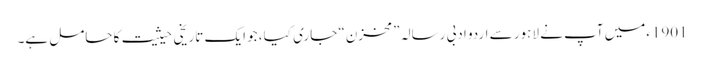
1901ءمیں آپ نے لاہور سے اردو ادبی رسالہ ”مخزن“ جاری کیا، جو ایک تاریخی حیثیت کا حامل ہے۔